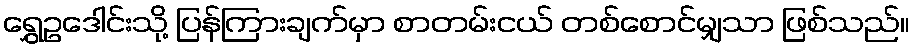
ရွှေဥဒေါင်းသို့ ပြန်ကြားချက်မှာ စာတမ်းငယ် တစ်စောင်မျှသာ ဖြစ်သည်။